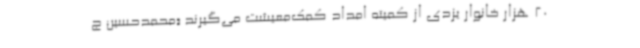
20 هزار خانوار یزدی از کمیته امداد کمک‌معیشت می‌گیرند «محمدحسین ج